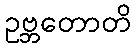
ဥဗ္ဘတောတိ